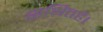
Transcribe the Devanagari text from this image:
सथितहै।